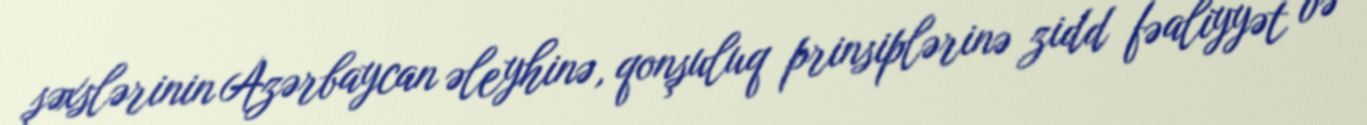
şəxslərinin Azərbaycan əleyhinə, qonşuluq prinsiplərinə zidd fəaliyyət və